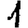
Digit: 1